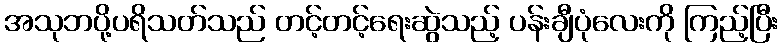
အသုဘပို့ပရိသတ်သည် တင့်တင့်ရေးဆွဲသည့် ပန်းချီပုံလေးကို ကြည့်ပြီး